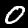
Digit: 0